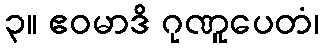
၃။ ဧဝမာဒိ ဂုဏူပေတံ၊